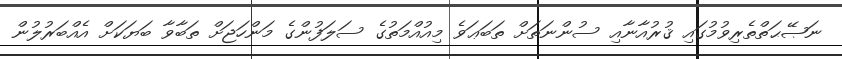
ނަޞޭޙަތްތެރިވުމުގައި ޤުރުއާނާއި ސުންނަތަށް ތަބަޢަވެ މިއުއްމަތުގެ ސަލަފުންގެ މަންހަޖަށް ތަބާވާ ބަޔަކަށް އެއްބަރުލުން